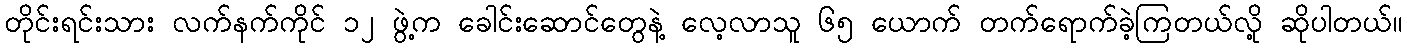
တိုင်းရင်းသား လက်နက်ကိုင် ၁၂ ဖွဲ့က ခေါင်းဆောင်တွေနဲ့ လေ့လာသူ ၆၅ ယောက် တက်ရောက်ခဲ့ကြတယ်လို့ ဆိုပါတယ်။